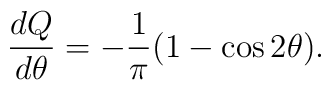
\frac{dQ}{d\theta} = -\frac{1}{\pi}(1 - \cos 2 \theta).